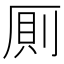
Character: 厠